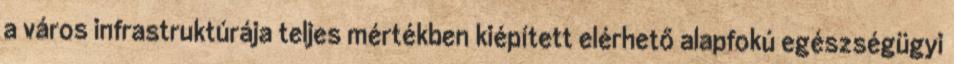
a város infrastruktúrája teljes mértékben kiépített elérhető alapfokú egészségügyi